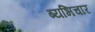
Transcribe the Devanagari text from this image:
ब्यभिचार